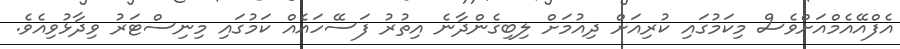
އެފްއޭއެމްއަށްވެސް މިކަމުގައި ކުރިއަށް ދިއުމަށް ލިބިގެންދާނެ އިތުރު ފަސޭހައެއް ކަމުގައި މިނިސްޓަރު ވިދާޅުވިއެވެ.